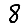
Digit: 8